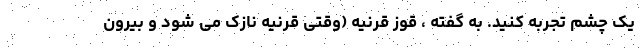
یک چشم تجربه کنید. به گفته ، قوز قرنیه (وقتی قرنیه نازک می شود و بیرون